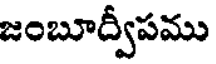
జంబూద్వీపము